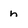
Character: n